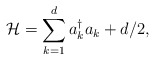
\begin{align*}\mathcal{H}=\sum_{k=1}^{d}a_{k}^{\dagger}a_{k}+d/2,\end{align*}